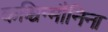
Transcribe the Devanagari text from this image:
कश्चिन्मौनिना